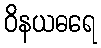
ဝိနယဓရေ